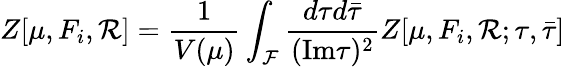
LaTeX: Z[\mu,F_{i},{\cal R}]=\frac{1}{V(\mu)}\int_{\cal F}\frac{d\tau d{\bar{\tau}}}{(\mathrm{Im}\tau)^{2}}Z[\mu,F_{i},{\cal R};\tau,{\bar{\tau}}]